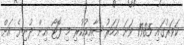
ކަވަރުގައި 1985 ވަނަ އަހަރު ޝާއިއުކުރި މި ފޮޓޯ އިން ދުނިޔެ އަށް